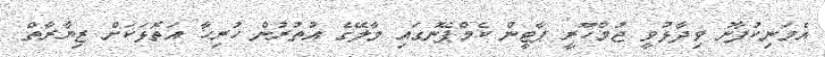
އެމަނިކުފާނު ވިދާޅުވީ ޖުމްހޫރީ ޕާޓީން ކެމްޕޭނުގައި މާލޭގެ އުތުރުން ހުރިހާ އަތޮޅަކަށް ޒިޔާރާތް